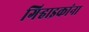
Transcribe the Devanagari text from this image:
गिर्‍हाइकांना